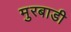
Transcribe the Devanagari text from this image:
मुरबाडी